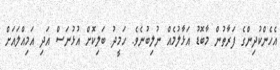
އެހެންކުދިންގެ ފަރާތުން މާބޮޑު އަޅާލުމެއް ނުލިބުނެވެ. ހަމީދު ބަލިކޮށް އުޅުނަސް އަދި އަމިއްލައަށް